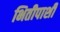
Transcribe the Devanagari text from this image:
भितीपाशी